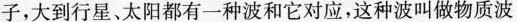
子，大到行星、太阳都有一种波和它对应，这种波叫做物质波